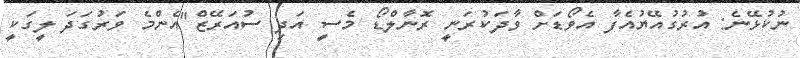
ނުކުޅޭނެ: އުރުގުއޭޔުއެފާ އެވޯޑަށް ވާދަކުރަނީ ރޮނާލްޑޯ މެސީ އަދި ސުއަރޭޒް"އެންމެ ވަރުގަދަ ލީގަކީ